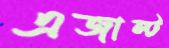
এজাল্ট